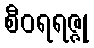
စီဝရရဇ္ဇု